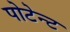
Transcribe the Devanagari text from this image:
पोटेन्ट